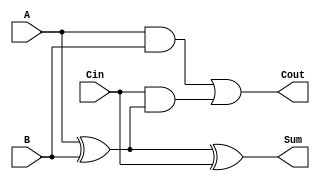
module FullAdder (
    input wire A,      // First input bit
    input wire B,      // Second input bit
    input wire Cin,    // Carry-in bit
    output wire Sum,   // Sum output
    output wire Cout   // Carry-out output
);

// Internal signals for intermediate calculations
wire AxorB;

// Compute the Sum using XOR gates
assign AxorB = A ^ B;        // A XOR B
assign Sum = AxorB ^ Cin;    // (A XOR B) XOR Cin

// Compute the Cout using AND and OR gates
assign Cout = (A & B) | (Cin & AxorB); // (A AND B) OR (Cin AND (A XOR B))

endmodule